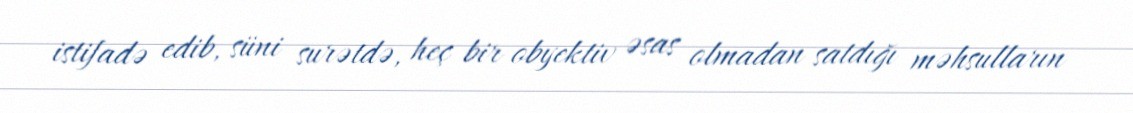
istifadə edib, süni surətdə, heç bir obyektiv əsas olmadan satdığı məhsulların